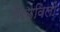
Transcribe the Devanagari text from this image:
मिळविलीं